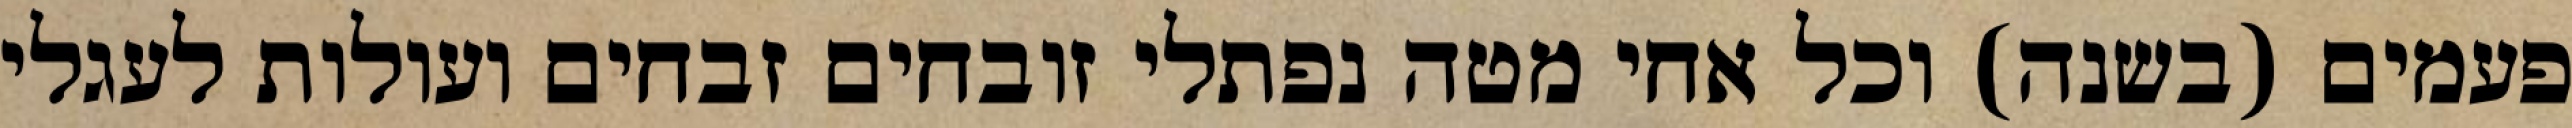
פעמים (בשנה) וכל אחי מטה נפתלי זובחים זבחים ועולות לעגלי